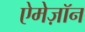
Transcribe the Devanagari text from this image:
ऐमेज़ॉन